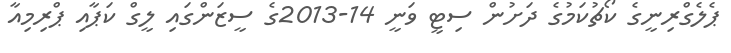
ޕެލެގްރިނީގެ ކޯޗުކަމުގެ ދަށުން ސިޓީ ވަނީ 14-2013ގެ ސީޒަންގައި ލީގް ކަޕާއި ޕްރިމިއާ